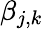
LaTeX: \beta_{j,k}